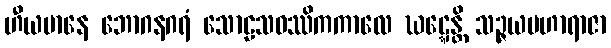
ဟီယမာနေ ဘောဂနဂရံ သောဠသဝဿိကကာလေ ဃဋ္ဋေန္တိ သဉ္ဇယမဟာရာဇာ